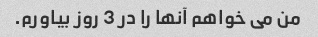
من می خواهم آنها را در 3 روز بیاورم.